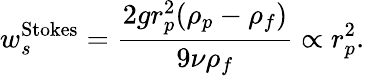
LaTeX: w_{s}^{\textrm{Stokes}}=\frac{2gr_{p}^{2}(\rho_{p}-\rho_{f})}{9\nu\rho_{f}}\propto r_{p}^{2}.